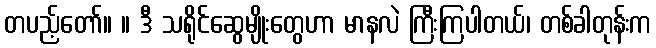
တပည့်တော်။ ။ ဒီ သရိုင်ဆွေမျိုးတွေဟာ မာနလဲ ကြီးကြပါတယ်၊ တစ်ခါတုန်းက